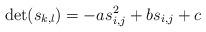
LaTeX: \begin{align*}\det(s_{k,l})=-as_{i,j}^2+bs_{i,j}+c\end{align*}